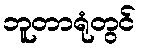
ဘူတာရုံတွင်